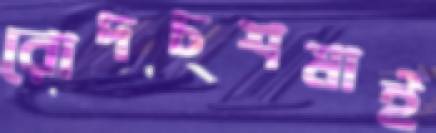
রোদচশমাই